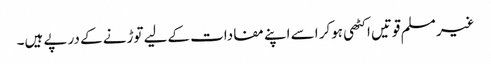
غیر مسلم قوتیں اکٹھی ہوکر اسے اپنے مفادات کےلیے توڑنے کے درپے ہیں۔